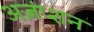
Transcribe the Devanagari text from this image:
अज़ंप्शन